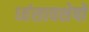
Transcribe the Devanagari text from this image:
ध्‍वंसावशेषों